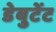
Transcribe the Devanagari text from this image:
डेबुटेंट